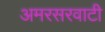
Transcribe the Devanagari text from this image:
अमरसरवाटी